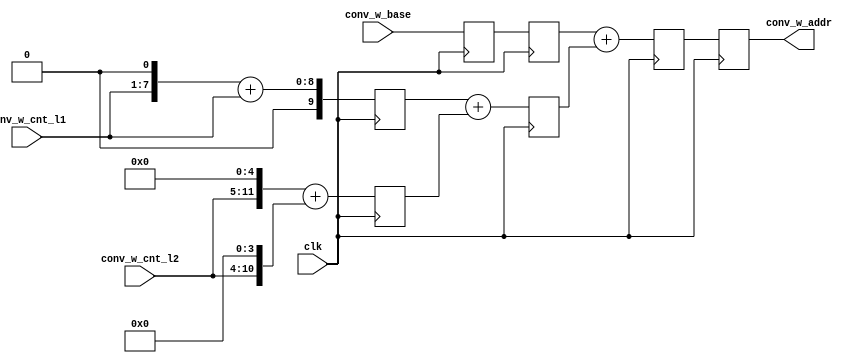
module rd_conv_w_addr_gen(
	input					clk		,
		
	input [25:0]			conv_w_base		,
	input [6:0]			    conv_w_cnt_l1	,
	input [6:0]			    conv_w_cnt_l2	,
	
	output reg [25:0]		conv_w_addr
);

//conv_w_addr = conv_w_base + conv_w_cnt_l1 * 3 + conv_w_cnt_l2 * 48

//
reg [9:0]					conv_w_add_1		;
reg [12:0]					conv_w_add_2		;
reg [25:0]                  conv_w_base_r1      ;

always @ (posedge clk) begin
	conv_w_add_1 <= {conv_w_cnt_l1, 1'b0} + conv_w_cnt_l1;
	conv_w_add_2 <= {conv_w_cnt_l2, 5'b0} + {conv_w_cnt_l2, 4'b0};
    conv_w_base_r1 <= conv_w_base;
end

//
reg [13:0]					conv_w_add_12		;
reg [25:0]                  conv_w_base_r2      ;

always @ (posedge clk) begin 
	conv_w_add_12 <= conv_w_add_1 + conv_w_add_2;
    conv_w_base_r2 <= conv_w_base_r1;
end

//
reg [26:0]					conv_w_add_all;

always @ (posedge clk) begin 
	conv_w_add_all <= conv_w_base_r2 + conv_w_add_12;
end

//

always @ (posedge clk) begin 
	conv_w_addr <= conv_w_add_all[25:0];
end

endmodule